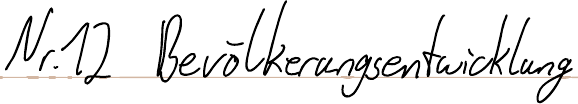
Nr. 12 Bevölkerungsentwicklung